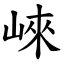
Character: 崍